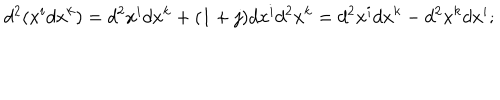
LaTeX: d ^ { 2 } ( x ^ { i } d x ^ { k } ) = d ^ { 2 } x ^ { i } d x ^ { k } + ( 1 + j ) d x ^ { i } d ^ { 2 } x ^ { k } = d ^ { 2 } x ^ { i } d x ^ { k } - d ^ { 2 } x ^ { k } d x ^ { i } ;